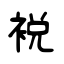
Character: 裞